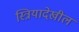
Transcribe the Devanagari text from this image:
स्त्रियादेखील